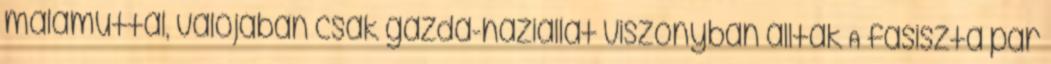
malamuttal, valójában csak gazda-háziállat viszonyban álltak A fasiszta pár